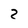
Character: 2